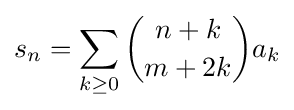
s_{n}=\sum _{k\geq 0}{\binom {n+k}{m+2k}}a_{k}